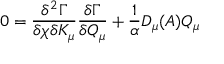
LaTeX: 0 = \frac { \delta ^ { 2 } \Gamma } { \delta \chi \delta K _ { \mu } } \frac { \delta \Gamma } { \delta Q _ { \mu } } + \frac { 1 } { \alpha } D _ { \mu } ( A ) Q _ { \mu }